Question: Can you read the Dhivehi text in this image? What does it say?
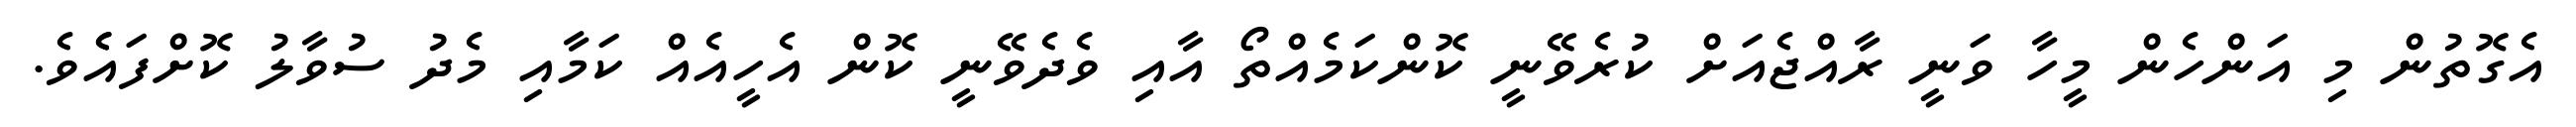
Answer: އެގޮތުން މި އަންހެން މީހާ ވަނީ ރާއްޖެއަށް ކުރެވޭނީ ކޮންކަމެއްތޯ އާއި ވެދެވޭނީ ކޮން އެހީއެއް ކަމާއި މެދު ސުވާލު ކޮށްފައެެވެ.